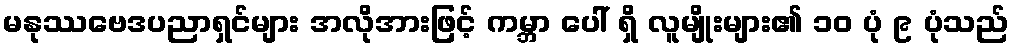
မနုဿဗေဒပညာရှင်များ အလိုအားဖြင့် ကမ္ဘာ ပေါ် ရှိ လူမျိုးများ၏ ၁၀ ပုံ ၉ ပုံသည်